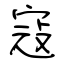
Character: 寇